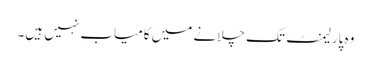
وہ پارلیمنٹ تک چلانے میں کامیاب نہیں ہیں۔